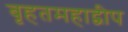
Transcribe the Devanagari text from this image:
बृहतमहाद्वीप